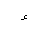
Letter: _hamza